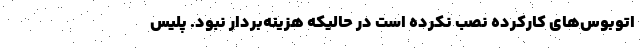
اتوبوس‌های کارکرده نصب نکرده است در حالیکه هزینه‌بردار نبود. پلیس